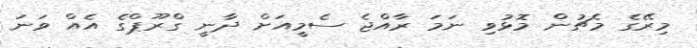
މިރޭގެ މެޗުން މޮޅުވި ނަމަ ރާއްޖެ ސެމީއަށް ދާނީ ގްރޫޕްގެ އެއް ވަނަ